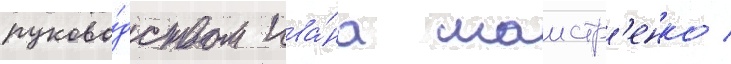
руково́дством ива́на маистр'енко /